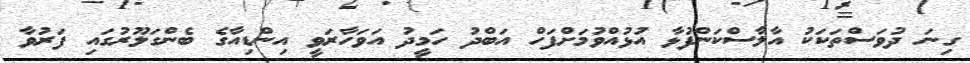
ގިނަ ދުވަސްތަކަކު އާލާސްކަންފުޅާ އުޅުއްވުމަށްފަހް އަބްދު ހަމީދު އަވަހާރަވީ އިންޑިއާގެ ބެންގަލޫރުގައި ފަރުވާ